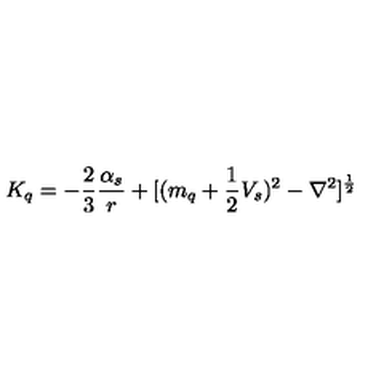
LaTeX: K _ { q } = - \frac { 2 } { 3 } \frac { \alpha _ { s } } { r } + [ ( m _ { q } + \frac { 1 } { 2 } V _ { s } ) ^ { 2 } - \nabla ^ { 2 } ] ^ { \frac { 1 } { 2 } } \nonumber